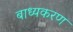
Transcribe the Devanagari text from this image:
बाध्यकरण